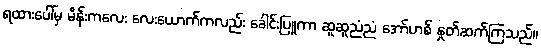
ရထားပေါ်မှ မိန်းကလေး လေးယောက်ကလည်း ခေါင်းပြူကာ ဆူဆူညံညံ အော်ဟစ် နှုတ်ဆက်ကြသည်။